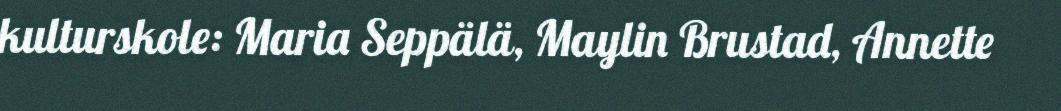
kulturskole: Maria Seppälä, Maylin Brustad, Annette